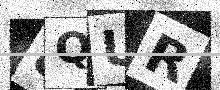
Text: 8QUR